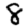
Digit: 8